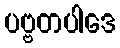
ပဗ္ဗတပါဒေ